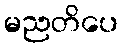
မညတိပေ